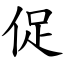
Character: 促